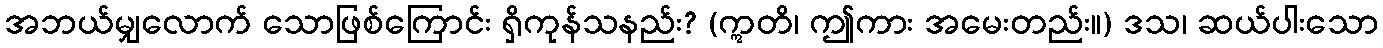
အဘယ်မျှလောက် သောဖြစ်ကြောင်း ရှိကုန်သနည်း? (ဣတိ၊ ဤကား အမေးတည်း။) ဒသ၊ ဆယ်ပါးသော